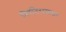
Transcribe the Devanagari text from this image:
निरनिराळय़ा